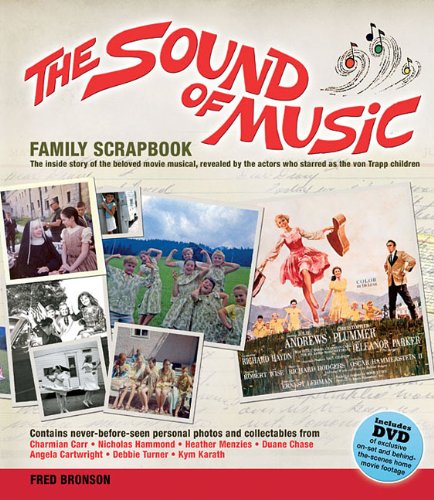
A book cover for The Sound of Music Family Scrapbook; Fred Bronson; Humor & Entertainment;